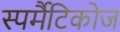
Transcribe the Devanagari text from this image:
स्पर्मैटिकोज